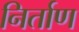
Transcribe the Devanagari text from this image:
निर्ताण